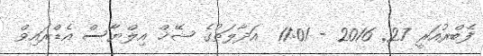
ފެބްރުއަރީ 27